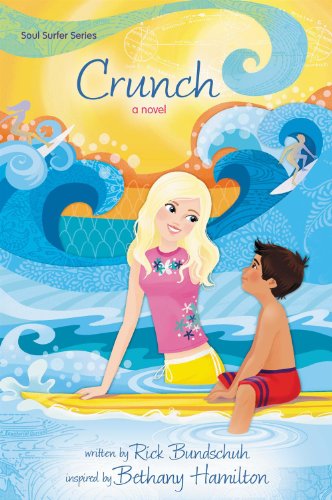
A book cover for Crunch: A Novel (Soul Surfer Series); Rick Bundschuh; Children's Books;